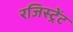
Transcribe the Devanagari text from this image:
रजिस्ट्रेंट